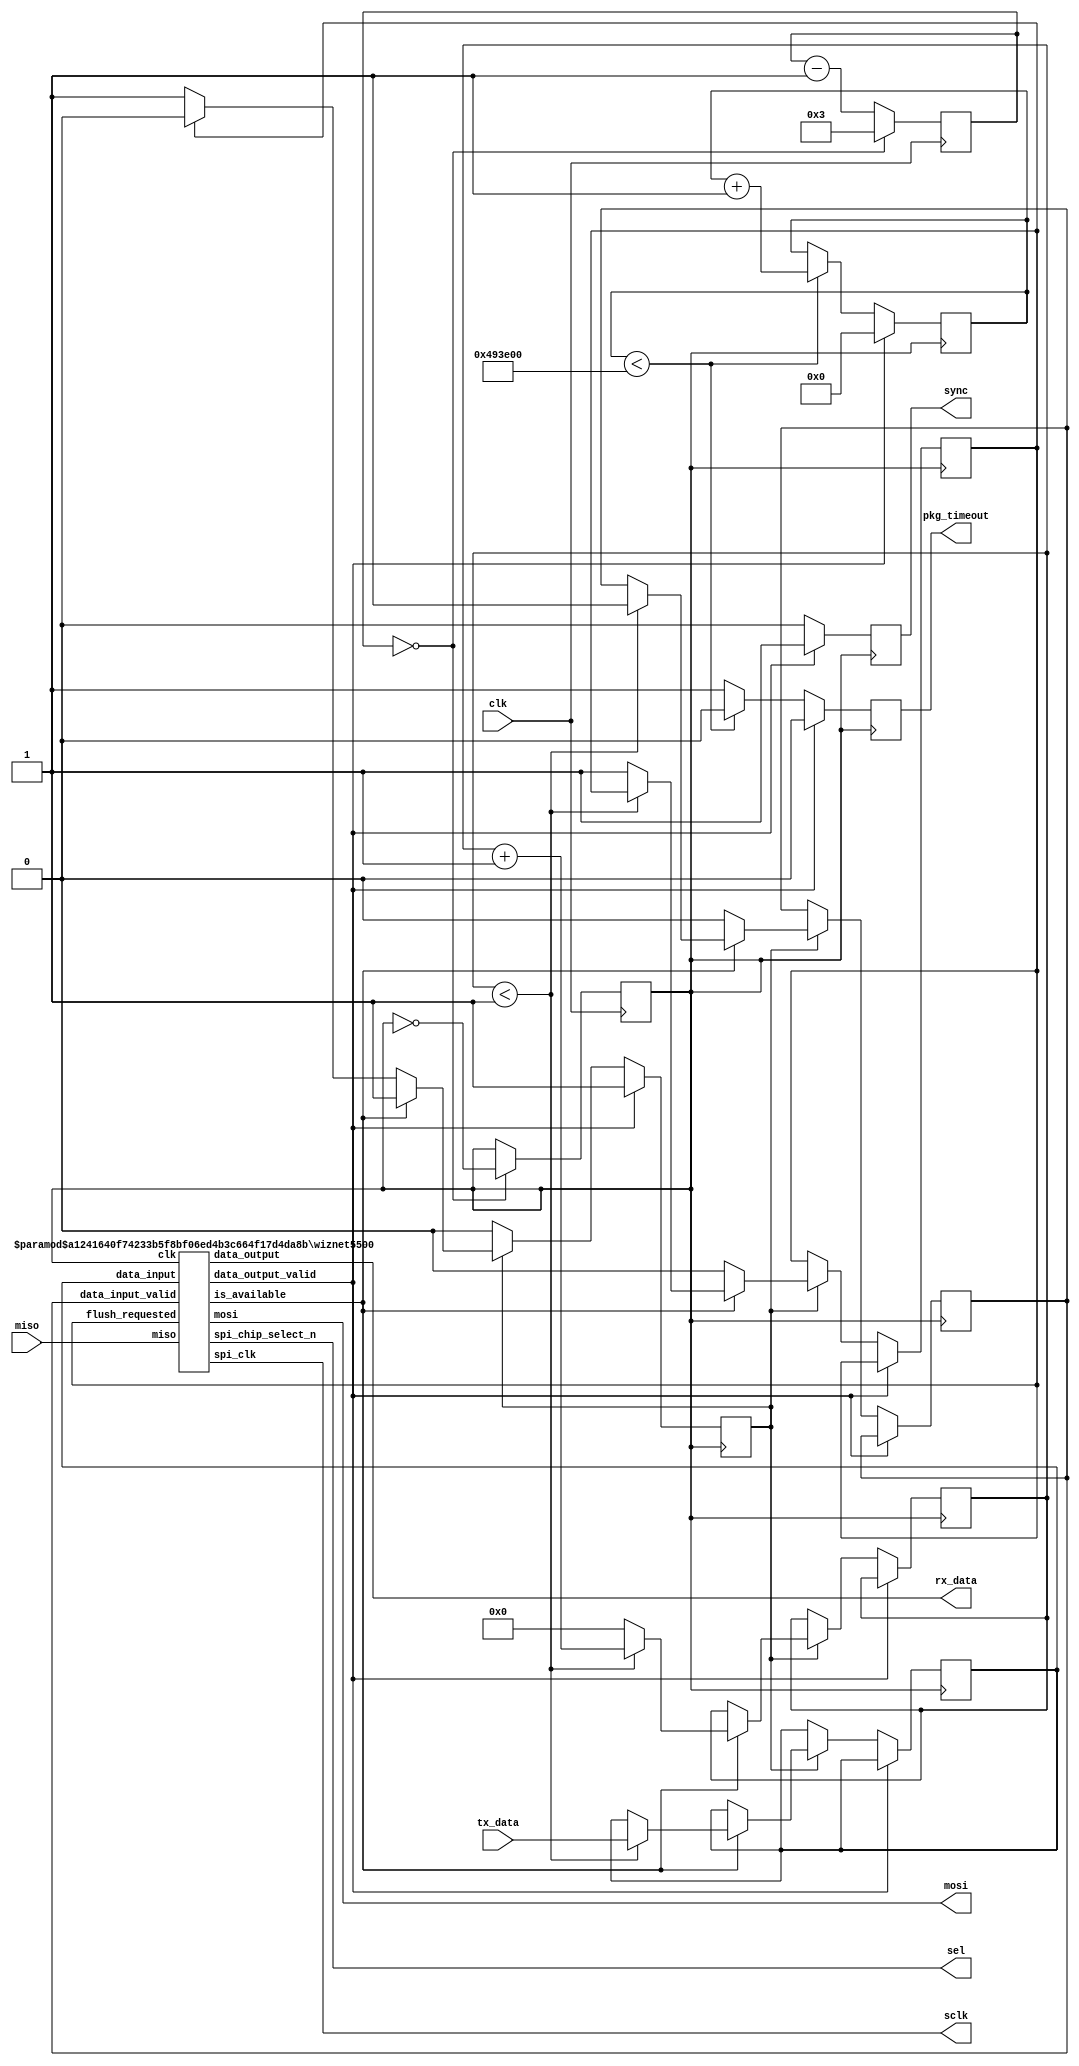

module w5500
    #(
         parameter BUFFER_SIZE=16'd64,
         parameter MSGID=32'h74697277,
         parameter TIMEOUT=32'd4800000,
         parameter IP_ADDR={8'd192, 8'd168, 8'd10, 8'd194},
         parameter MAC_ADDR={8'hAA, 8'hAF, 8'hFA, 8'hCC, 8'hE3, 8'h1C},
         parameter PORT=2390,
         parameter DIVIDER=3
     )
     (
         input clk,
         output mosi,
         input miso,
         output sclk,
         output sel,
         input [BUFFER_SIZE-1:0] tx_data,
         output [BUFFER_SIZE-1:0] rx_data,
         output reg sync = 0,
         output reg pkg_timeout = 0
     );
    reg [31:0] timeout_counter = 0;


    reg [31:0] clk_counter = 0;
    reg mclk = 0;
    always @(posedge clk) begin
        if (clk_counter == 0) begin
            clk_counter <= DIVIDER;
            mclk <= ~mclk;
        end else begin
            clk_counter <= clk_counter - 1;
        end
    end

    wire data_output_valid;

    reg [15:0] counter = 16'd0;
    reg flush_requested = 1'b0;
    reg [BUFFER_SIZE-1:0] data_to_ethernet = 0;
    reg data_out_valid = 1'b0;
`ifdef WIZNET5500_ACCEPT_INSTRUCTIONS
    reg [31:0] instruction_input = 32'd0;
    reg instruction_input_valid = 1'b0;
`endif
    wire ethernet_available;
    reg do_transmit = 0;

    always @(posedge mclk) begin
        sync <= 0;
        if (data_output_valid == 1) begin
            do_transmit <= 1;
            timeout_counter <= 0;
            pkg_timeout <= 0;
            sync <= 1;
        end else begin
            if (timeout_counter < TIMEOUT) begin
                timeout_counter <= timeout_counter + 1;
                pkg_timeout <= 0;
            end else begin
                pkg_timeout <= 1;
            end
            if (do_transmit == 1) begin
                if (ethernet_available) begin
                    if (counter < 1) begin
                        data_to_ethernet <= tx_data;
                        data_out_valid <= 1'b1;
                        counter <= counter + 1'b1;
                    end else begin
                        flush_requested <= 1'b1;
                        counter <= 0;
                    end
                end else begin
                    data_out_valid <= 1'b0;
                    if (flush_requested == 1) begin
                        flush_requested <= 1'b0;
                        do_transmit <= 0;
                    end
                end
            end
        end
    end

    wiznet5500 #(.IP_ADDR(IP_ADDR), .MAC_ADDR(MAC_ADDR), .PORT(PORT), .BUFFER_SIZE_RX(BUFFER_SIZE), .BUFFER_SIZE_TX(BUFFER_SIZE), .MSGID(MSGID)) eth_iface (
                   .clk(mclk),
                   .miso(miso),
                   .mosi(mosi),
                   .spi_clk(sclk),
                   .spi_chip_select_n(sel),
    `ifdef WIZNET5500_READ_DATA
                   .data_read(data_read),
                   .data_read_valid(data_read_valid),
    `endif
    `ifdef WIZNET5500_ACCEPT_INSTRUCTIONS
                   .instruction_input_valid(instruction_input_valid),
                   .instruction_input(instruction_input),
    `endif
                   .is_available(ethernet_available),
                   .data_input(data_to_ethernet),
                   .data_input_valid(data_out_valid),
                   .data_output(rx_data),
                   .data_output_valid(data_output_valid),
                   .flush_requested(flush_requested)
               );
endmodule



// based on: https://github.com/harout/concurrent-data-capture
module wiznet5500
    #(
         parameter IP_ADDR = {8'd192, 8'd168, 8'd10, 8'd194},
         parameter MAC_ADDR = {8'hAA, 8'hAF, 8'hFA, 8'hCC, 8'hE3, 8'h1C},
         parameter PORT = 2390,
         parameter BUFFER_SIZE_RX = 192,
         parameter BUFFER_SIZE_TX = 192,
         parameter MSGID=32'h74697277
     )
     (
         input clk,
         input miso,
   `ifdef WIZNET5500_ACCEPT_INSTRUCTIONS
         input instruction_input_valid,
         input [31:0] instruction_input,
   `endif
         input data_input_valid,
         input [BUFFER_SIZE_TX-1:0] data_input,
         output reg [BUFFER_SIZE_RX-1:0] data_output,
         input flush_requested,
         output reg mosi,
         output reg spi_clk = 1'b0,
         output reg spi_chip_select_n,
         output reg[7:0] data_read = 8'd0,
   `ifdef WIZNET5500_READ_DATA
         output reg data_read_valid = 1'b0,
   `endif
         output reg data_output_valid = 0,
         output is_available
     );

    localparam HEADER_SIZE  = 8'd64;
    localparam HEADER_IP_OFFSET  = 8'd0;
    localparam HEADER_PORT_OFFSET  = 8'd32;

    localparam WRITE_S0  = 8'b00001100;
    localparam READ_S0   = 8'b00001000;
    localparam WRITE_REG = 8'b00000100;

    localparam STAT_SOCK_UDP = 8'h22;

    // Set PHY to 100 megabits / second, full duplex
    localparam SET_PHY_MODE = 32'b00000000_00101110_00000100_11011000;

    // Set/read our MAC address.
    localparam SET_MAC_ADDRESS_BYTE_0  =  {8'h00, 8'b00001001, WRITE_REG};
    localparam SET_MAC_ADDRESS_BYTE_1  =  {8'h00, 8'b00001010, WRITE_REG};
    localparam SET_MAC_ADDRESS_BYTE_2  =  {8'h00, 8'b00001011, WRITE_REG};
    localparam SET_MAC_ADDRESS_BYTE_3  =  {8'h00, 8'b00001100, WRITE_REG};
    localparam SET_MAC_ADDRESS_BYTE_4  =  {8'h00, 8'b00001101, WRITE_REG};
    localparam SET_MAC_ADDRESS_BYTE_5  =  {8'h00, 8'b00001110, WRITE_REG};

    // Set/read our IP address.
    localparam SET_SOURCE_IP_ADDRESS_0  =  {8'h00, 8'b00001111, WRITE_REG};
    localparam SET_SOURCE_IP_ADDRESS_1  =  {8'h00, 8'b00010000, WRITE_REG};
    localparam SET_SOURCE_IP_ADDRESS_2  =  {8'h00, 8'b00010001, WRITE_REG};
    localparam SET_SOURCE_IP_ADDRESS_3  =  {8'h00, 8'b00010010, WRITE_REG};

    // Set/read out gateway address.
    localparam SET_GATEWAY_ADDRESS_0    = {8'h00, 8'b00000001, WRITE_REG, 8'd192};
    localparam SET_GATEWAY_ADDRESS_1    = {8'h00, 8'b00000010, WRITE_REG, 8'd168};
    localparam SET_GATEWAY_ADDRESS_2    = {8'h00, 8'b00000011, WRITE_REG, 8'd10};
    localparam SET_GATEWAY_ADDRESS_3    = {8'h00, 8'b00000100, WRITE_REG, 8'd1};

    // Set/read out subnet mask.
    localparam SET_SUBNET_MASK_0  = {8'h00, 8'b00000101, WRITE_REG, 8'd255};
    localparam SET_SUBNET_MASK_1  = {8'h00, 8'b00000110, WRITE_REG, 8'd255};
    localparam SET_SUBNET_MASK_2  = {8'h00, 8'b00000111, WRITE_REG, 8'd255};
    localparam SET_SUBNET_MASK_3  = {8'h00, 8'b00001000, WRITE_REG, 8'd0};

    // Set the socket mode to UDP with no blocking
    localparam SET_SOCKET_0_MODE  = {16'h0000, WRITE_S0, 8'b00000010};

    // Set socket 0's destination IP address (169.254.0.123)
    localparam SET_SOCKET_0_DST_IP_0 = {8'h00, 8'b00001100, WRITE_S0};
    localparam SET_SOCKET_0_DST_IP_1 = {8'h00, 8'b00001101, WRITE_S0};
    localparam SET_SOCKET_0_DST_IP_2 = {8'h00, 8'b00001110, WRITE_S0};
    localparam SET_SOCKET_0_DST_IP_3 = {8'h00, 8'b00001111, WRITE_S0};

    // Set socket 0's destination port to 5000. Requires two commands.
    localparam SET_SOCKET_0_DST_PRT_0 = {8'h00, 8'b00010000, WRITE_S0};
    localparam SET_SOCKET_0_DST_PRT_1 = {8'h00, 8'b00010001, WRITE_S0};

    // Set the socket source port number to 5000. Requires two commands.
    localparam SET_SOCKET_0_SRC_PORT_0 = {8'h00, 8'b00000100, WRITE_S0};
    localparam SET_SOCKET_0_SRC_PORT_1 = {8'h00, 8'b00000101, WRITE_S0};

    // Set socket 0's TX buffer size to 16kilobytes
    localparam S0_RXBUF_SIZE  = 16'h1E;
    localparam SET_SOCKET_0_RX_BFR_SZ = {S0_RXBUF_SIZE, WRITE_S0, 8'd16};
    localparam S0_TXBUF_SIZE  = 16'h1F;
    localparam SET_SOCKET_0_TX_BFR_SZ = {S0_TXBUF_SIZE, WRITE_S0, 8'd16};

    localparam OPEN_SOCKET_0 =       {8'h00, 8'b00000001, WRITE_S0, 8'b00000001};
    localparam READ_SOCKET_0_STATE = {8'h00, 8'b00000011, READ_S0,  8'b00100010};

    localparam SEND_PACKET_SOCKET_0 = {8'h00, 8'b00000001, WRITE_S0, 8'b00100000};

    localparam GET_S0_RX_RSR0 = {16'h0026, READ_S0, 8'd0};
    localparam GET_S0_RX_RSR1 = {16'h0027, READ_S0, 8'd0};
    localparam S0_CR_40 = {16'h0001, WRITE_S0, 8'b01000000};

    localparam SET_S0_RX_RD0 = {16'h0028, WRITE_S0};
    localparam SET_S0_RX_RD1 = {16'h0029, WRITE_S0};

    localparam SET_S0_TX_WR0 = {16'h0024, WRITE_S0};
    localparam SET_S0_TX_WR1 = {16'h0025, WRITE_S0};

    localparam BSB_S0_TX_RWB_WRITE = 8'b00010100;
    localparam BSB_S0_RX_RWB_READ  = 8'b00011000;

    localparam STATE_UNDEFINED =	     5'd0;
    localparam STATE_IDLE =              5'd1;
    localparam STATE_SENDING_COMMAND =   5'd2;
    localparam STATE_INITIALIZING =      5'd3;
    localparam STATE_PUSHING_DATA =      5'd4;
    localparam STATE_UPDATING_TX_PTR =   5'd5;
    localparam STATE_SENDING_PACKET =	 5'd6;
    localparam STATE_PULLING_DATA =	     5'd7;
    localparam STATE_RX_START =	         5'd8;
    localparam STATE_RX_WRITE_PTR1 =     5'd9;
    localparam STATE_RX_WRITE_PTR0 =     5'd10;
    localparam STATE_RX_DONE =	         5'd11;
    localparam STATE_SET_IP_0 =	         5'd12;
    localparam STATE_SET_IP_1 =	         5'd13;
    localparam STATE_SET_IP_2 =	         5'd14;
    localparam STATE_SET_IP_3 =	         5'd15;
    localparam STATE_SET_PORT_0 =	     5'd16;
    localparam STATE_SET_PORT_1 =	     5'd17;


    reg is_busy = 1'b0;
    reg [BUFFER_SIZE_RX+HEADER_SIZE+24-1:0] rx_buffer = 0;
    reg [31:0] current_instruction;
    reg [9:0] spi_clock_count;
    reg [4:0] state = STATE_INITIALIZING;
    reg [4:0] next_state = STATE_UNDEFINED;
    reg [5:0] initialization_progress = 6'b000000;
    reg waiting_for_socket = 1'b0;
    reg is_initialized = 1'b0;
    reg is_check_rx = 0;
    reg [(BUFFER_SIZE_TX+24-1):0] tx_buffer;

`ifdef WIZNET5500_ACCEPT_INSTRUCTIONS
    assign is_available = !is_busy && !data_input_valid && !flush_requested && !instruction_input_valid;
`else
    assign is_available = !is_busy && !data_input_valid && !flush_requested;
`endif

    reg [31:0] local_ip = IP_ADDR;
    reg [31:0] dst_ip = {8'd192, 8'd168, 8'd10, 8'd0};
    reg [15:0] dst_port = 16'd2390;
    reg [10:0] rx_size = 11'd0;
    reg [3:0] rx_timer = 4'd0;
    reg rx_buffer_valid = 0;
    reg [15:0] tx_buffer_write_pointer = 16'd0;
    reg [15:0] rx_buffer_read_pointer = 16'd0;

    always @(posedge clk) begin
        data_output_valid <= 0;

        if (state == STATE_IDLE && flush_requested) begin
            spi_clk <= 1'b0;
            state <= STATE_SENDING_COMMAND;
            spi_chip_select_n <= 1'b0;
            spi_clock_count <= 10'd0;
            is_busy <= 1'b1;
            current_instruction <= {SET_S0_TX_WR1, tx_buffer_write_pointer[7:0]};
            next_state <= STATE_UPDATING_TX_PTR;
         `ifdef WIZNET5500_READ_DATA
            data_read_valid <= 1'b0;
         `endif         
        end else if (state == STATE_UPDATING_TX_PTR) begin
            spi_clk <= 1'b0;
            state <= STATE_SENDING_COMMAND;
            spi_chip_select_n <= 1'b0;
            spi_clock_count <= 10'd0;
            is_busy <= 1'b1;
            current_instruction <= {SET_S0_TX_WR0, tx_buffer_write_pointer[15:8]};
            next_state <= STATE_SENDING_PACKET;
         `ifdef WIZNET5500_READ_DATA
            data_read_valid <= 1'b0;
         `endif         
        end else if (state == STATE_SENDING_PACKET) begin
            spi_clk <= 1'b0;
            state <= STATE_SENDING_COMMAND;
            spi_chip_select_n <= 1'b0;
            spi_clock_count <= 10'd0;
            is_busy <= 1'b1;
            current_instruction <= SEND_PACKET_SOCKET_0;
            next_state <= STATE_UNDEFINED;
         `ifdef WIZNET5500_READ_DATA         
            data_read_valid <= 1'b0;
         `endif


        end else if (state == STATE_RX_START) begin
            rx_buffer_read_pointer <= rx_buffer_read_pointer + data_read[7:0];
            if (rx_size == (BUFFER_SIZE_RX+HEADER_SIZE)) begin
                rx_buffer_valid <= 1;
                current_instruction <= {8'd0, rx_buffer_read_pointer, BSB_S0_RX_RWB_READ};
                spi_clk <= 1'b0;
                state <= STATE_PULLING_DATA;
                spi_chip_select_n <= 1'b0;
                spi_clock_count <= 10'd0;
                is_busy <= 1'b1;
            end else begin
                rx_buffer_valid <= 0;
                state <= STATE_RX_WRITE_PTR1;
                is_busy <= 1'b1;
            end
        end else if (state == STATE_PULLING_DATA && spi_clock_count > (rx_size+24-1)) begin
            spi_chip_select_n <= 1'b1;
            state <= STATE_RX_WRITE_PTR1;
            is_busy <= 1'b1;
            if (rx_buffer[BUFFER_SIZE_RX-1:BUFFER_SIZE_RX-32] == MSGID) begin
                dst_ip <= rx_buffer[BUFFER_SIZE_RX+HEADER_SIZE-HEADER_IP_OFFSET-1:BUFFER_SIZE_RX+HEADER_SIZE-HEADER_IP_OFFSET-32];
                dst_port <= rx_buffer[BUFFER_SIZE_RX+HEADER_SIZE-HEADER_PORT_OFFSET-1:BUFFER_SIZE_RX+HEADER_SIZE-HEADER_PORT_OFFSET-16];
                data_output <= rx_buffer[BUFFER_SIZE_RX-1:0];
                data_output_valid <= 1;
            end
        end else if (state == STATE_RX_WRITE_PTR1) begin
            spi_clk <= 1'b0;
            state <= STATE_SENDING_COMMAND;
            spi_chip_select_n <= 1'b0;
            spi_clock_count <= 10'd0;
            is_busy <= 1'b1;
            current_instruction <= {SET_S0_RX_RD1, rx_buffer_read_pointer[7:0]};
            next_state <= STATE_RX_WRITE_PTR0;
        end else if (state == STATE_RX_WRITE_PTR0) begin
            spi_clk <= 1'b0;
            state <= STATE_SENDING_COMMAND;
            spi_chip_select_n <= 1'b0;
            spi_clock_count <= 10'd0;
            is_busy <= 1'b1;
            current_instruction <= {SET_S0_RX_RD0, rx_buffer_read_pointer[15:8]};
            next_state <= STATE_RX_DONE;
        end else if (state == STATE_RX_DONE) begin
            spi_clk <= 1'b0;
            state <= STATE_SENDING_COMMAND;
            spi_chip_select_n <= 1'b0;
            spi_clock_count <= 10'd0;
            is_busy <= 1'b1;
            current_instruction <= S0_CR_40;
            if (rx_buffer_valid == 1) begin
                next_state <= STATE_SET_IP_0;
            end else begin
                next_state <= STATE_UNDEFINED;
            end


        end else if (state == STATE_SET_IP_0) begin
            spi_clk <= 1'b0;
            state <= STATE_SENDING_COMMAND;
            spi_chip_select_n <= 1'b0;
            spi_clock_count <= 10'd0;
            is_busy <= 1'b1;
            current_instruction <= {SET_SOCKET_0_DST_IP_0, dst_ip[31:24]};
            next_state <= STATE_SET_IP_1;
        end else if (state == STATE_SET_IP_1) begin
            spi_clk <= 1'b0;
            state <= STATE_SENDING_COMMAND;
            spi_chip_select_n <= 1'b0;
            spi_clock_count <= 10'd0;
            is_busy <= 1'b1;
            current_instruction <= {SET_SOCKET_0_DST_IP_1, dst_ip[23:16]};
            next_state <= STATE_SET_IP_2;
        end else if (state == STATE_SET_IP_2) begin
            spi_clk <= 1'b0;
            state <= STATE_SENDING_COMMAND;
            spi_chip_select_n <= 1'b0;
            spi_clock_count <= 10'd0;
            is_busy <= 1'b1;
            current_instruction <= {SET_SOCKET_0_DST_IP_2, dst_ip[15:8]};
            next_state <= STATE_SET_IP_3;
        end else if (state == STATE_SET_IP_3) begin
            spi_clk <= 1'b0;
            state <= STATE_SENDING_COMMAND;
            spi_chip_select_n <= 1'b0;
            spi_clock_count <= 10'd0;
            is_busy <= 1'b1;
            current_instruction <= {SET_SOCKET_0_DST_IP_3, dst_ip[7:0]};
            next_state <= STATE_SET_PORT_0;
        end else if (state == STATE_SET_PORT_0) begin
            spi_clk <= 1'b0;
            state <= STATE_SENDING_COMMAND;
            spi_chip_select_n <= 1'b0;
            spi_clock_count <= 10'd0;
            is_busy <= 1'b1;
            current_instruction <= {SET_SOCKET_0_DST_PRT_0, dst_port[15:8]};
            next_state <= STATE_SET_PORT_1;
        end else if (state == STATE_SET_PORT_1) begin
            spi_clk <= 1'b0;
            state <= STATE_SENDING_COMMAND;
            spi_chip_select_n <= 1'b0;
            spi_clock_count <= 10'd0;
            is_busy <= 1'b1;
            current_instruction <= {SET_SOCKET_0_DST_PRT_1, dst_port[7:0]};
            next_state <= STATE_UNDEFINED;


        end else if (state == STATE_INITIALIZING && waiting_for_socket == 1'b1) begin
            // If the socket is open, then we are done initializing
            if (data_read[7:0] == STAT_SOCK_UDP) begin
                state <= STATE_IDLE;
                is_initialized <= 1'b1;
                is_busy <= 1'b0;
                waiting_for_socket <= 1'b0;
            end else begin
                spi_clk <= 1'b0;
                state <= STATE_SENDING_COMMAND;
                spi_chip_select_n <= 1'b0;
                spi_clock_count <= 10'd0;
                is_busy <= 1'b1;
                current_instruction <= READ_SOCKET_0_STATE;
         `ifdef WIZNET5500_READ_DATA         
                data_read_valid <= 1'b0;
         `endif
            end
        end else if (state == STATE_INITIALIZING) begin
            spi_clk <= 1'b0;
            state <= STATE_SENDING_COMMAND;
            initialization_progress <= initialization_progress + 6'b000001;
            spi_chip_select_n <= 1'b0;
            spi_clock_count <= 10'd0;
            is_busy <= 1'b1;

            case (initialization_progress)
                // TODO: Perhaps add software reset here?

                0: current_instruction <= SET_PHY_MODE;

                // Set our MAC address
                1: current_instruction <= {SET_MAC_ADDRESS_BYTE_0, MAC_ADDR[47:40]};
                2: current_instruction <= {SET_MAC_ADDRESS_BYTE_1, MAC_ADDR[39:32]};
                3: current_instruction <= {SET_MAC_ADDRESS_BYTE_2, MAC_ADDR[31:24]};
                4: current_instruction <= {SET_MAC_ADDRESS_BYTE_3, MAC_ADDR[23:16]};
                5: current_instruction <= {SET_MAC_ADDRESS_BYTE_4, MAC_ADDR[15:8]};
                6: current_instruction <= {SET_MAC_ADDRESS_BYTE_5, MAC_ADDR[7:0]};

                // Set our IP address
                7: current_instruction <= {SET_SOURCE_IP_ADDRESS_0, local_ip[31:24]};
                8: current_instruction <= {SET_SOURCE_IP_ADDRESS_1, local_ip[23:16]};
                9: current_instruction <= {SET_SOURCE_IP_ADDRESS_2, local_ip[15:8]};
                10: current_instruction <= {SET_SOURCE_IP_ADDRESS_3, local_ip[7:0]};

                // Set the gateway address
                11: current_instruction <= SET_GATEWAY_ADDRESS_0;
                12: current_instruction <= SET_GATEWAY_ADDRESS_1;
                13: current_instruction <= SET_GATEWAY_ADDRESS_2;
                14: current_instruction <= SET_GATEWAY_ADDRESS_3;

                // Set the subnet mask
                15: current_instruction <= SET_SUBNET_MASK_0;
                16: current_instruction <= SET_SUBNET_MASK_1;
                17: current_instruction <= SET_SUBNET_MASK_2;
                18: current_instruction <= SET_SUBNET_MASK_3;

                // Set socket 0's mode
                19: current_instruction <= SET_SOCKET_0_MODE;

                // Set the size of socket 0's RX buffer
                20: current_instruction <= SET_SOCKET_0_RX_BFR_SZ;

                // Set the size of socket 0's TX buffer
                21: current_instruction <= SET_SOCKET_0_TX_BFR_SZ;

                // Set the source port for socket 0
                22: current_instruction <= {SET_SOCKET_0_SRC_PORT_0, PORT[15:8]};
                23: current_instruction <= {SET_SOCKET_0_SRC_PORT_1, PORT[7:0]};

                // Send the command to open the socket
                24: current_instruction <= OPEN_SOCKET_0;

                // Set the destination IP address for socket 0
                25: current_instruction <= {SET_SOCKET_0_DST_IP_0, dst_ip[31:24]};
                26: current_instruction <= {SET_SOCKET_0_DST_IP_1, dst_ip[23:16]};
                27: current_instruction <= {SET_SOCKET_0_DST_IP_2, dst_ip[15:8]};
                28: current_instruction <= {SET_SOCKET_0_DST_IP_3, dst_ip[7:0]};

                // Set the destination port to socket 0
                29: current_instruction <= {SET_SOCKET_0_DST_PRT_0, dst_port[15:8]};
                30: current_instruction <= {SET_SOCKET_0_DST_PRT_1, dst_port[7:0]};

                // Send the command to read the socket state
                31: begin
                    current_instruction <= READ_SOCKET_0_STATE;
                    waiting_for_socket <= 1'b1;
                end
            endcase
   `ifdef WIZNET5500_ACCEPT_INSTRUCTIONS      
        end else if (state == STATE_IDLE && instruction_input_valid == 1'b1) begin
            spi_clk <= 1'b0;
            state <= STATE_SENDING_COMMAND;
            spi_chip_select_n <= 1'b0;
            spi_clock_count <= 10'd0;
            current_instruction <= instruction_input;
      `ifdef WIZNET5500_READ_DATA
            data_read_valid <= 1'b0;
      `endif
            is_busy <= 1'b1;
   `endif
        end else if (state == STATE_IDLE && data_input_valid == 1'b1) begin
            tx_buffer <= {tx_buffer_write_pointer, 8'b00010100, data_input};
            spi_clk <= 1'b0;
            state <= STATE_PUSHING_DATA;
            spi_chip_select_n <= 1'b0;
            spi_clock_count <= 10'd0;
            is_busy <= 1'b1;
        end else if (state == STATE_SENDING_COMMAND && spi_clock_count > 31) begin
            spi_chip_select_n <= 1'b1;

            if (is_initialized == 1'b1) begin
                if (next_state == STATE_UNDEFINED) begin
                    is_busy <= 1'b0;
                    state <= STATE_IDLE;
                end else begin
                    state <= next_state;
                end
            end else begin
                state <= STATE_INITIALIZING;
            end
        end else if (state == STATE_PUSHING_DATA && spi_clock_count > (BUFFER_SIZE_TX+16'd23)) begin
            spi_chip_select_n <= 1'b1;
            state <= STATE_IDLE;
            // n bytes are pushed per message
            tx_buffer_write_pointer <= tx_buffer_write_pointer + (BUFFER_SIZE_TX/16'd8);
            is_busy <= 1'b0;
        end else if (state == STATE_SENDING_COMMAND || state == STATE_PUSHING_DATA || state == STATE_PULLING_DATA) begin
            // We are effectively clocking the module at half the clock rate
            // of the FPGA itself.
            spi_clk <= ~spi_clk;
            if (spi_clk == 1'b0) begin
                spi_clock_count <= spi_clock_count + 10'd1;
            end

        end else if (state == STATE_IDLE) begin
            if (rx_timer == 4'd10) begin
                // check for new data
                if (is_check_rx == 1) begin
                    is_busy <= 1'b0;
                    is_check_rx <= 0;
                    rx_timer <= 0;
                    rx_size <= {data_read[7:0], 3'd0};
                    if (data_read[7:0] > 8'b0) begin
                        state <= STATE_RX_START;
                    end
                end else begin
                    spi_clk <= 1'b0;
                    state <= STATE_SENDING_COMMAND;
                    spi_chip_select_n <= 1'b0;
                    spi_clock_count <= 10'd0;
                    is_check_rx <= 1'b1;
                    is_busy <= 1'b1;
                    current_instruction <= GET_S0_RX_RSR1;
                end
            end else begin
                rx_timer <= rx_timer + 4'd1;
            end
        end

    end

    always @(posedge clk) begin
        if (spi_clk == 1'b0 && state == STATE_SENDING_COMMAND && spi_clock_count >= 24 && spi_clock_count <= 31) begin
            data_read <= {data_read[6:0], miso};
        end else if (spi_clk == 1'b0 && state == STATE_PULLING_DATA && spi_clock_count) begin
            rx_buffer <= {rx_buffer[BUFFER_SIZE_RX+HEADER_SIZE+24 - 2:0], miso};
        end
    end

    always @(posedge clk) begin
        if (spi_clk == 1'b1 && state == STATE_SENDING_COMMAND && spi_clock_count < 32) begin
            mosi <= current_instruction[8'd31 - spi_clock_count];
        end else if (spi_clk == 1'b1 && state == STATE_PUSHING_DATA && spi_clock_count < BUFFER_SIZE_TX+24) begin
            mosi <= tx_buffer[(BUFFER_SIZE_TX+24-1) - spi_clock_count];
        end else if (spi_clk == 1'b1 && state == STATE_PULLING_DATA && spi_clock_count < 24) begin
            mosi <= current_instruction[8'd23 - spi_clock_count];
        end
    end



endmodule